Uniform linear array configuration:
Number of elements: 32
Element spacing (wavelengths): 0.5
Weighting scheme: hamming
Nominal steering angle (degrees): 30
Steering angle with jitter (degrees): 31.301
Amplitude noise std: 0.05
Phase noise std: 0.05

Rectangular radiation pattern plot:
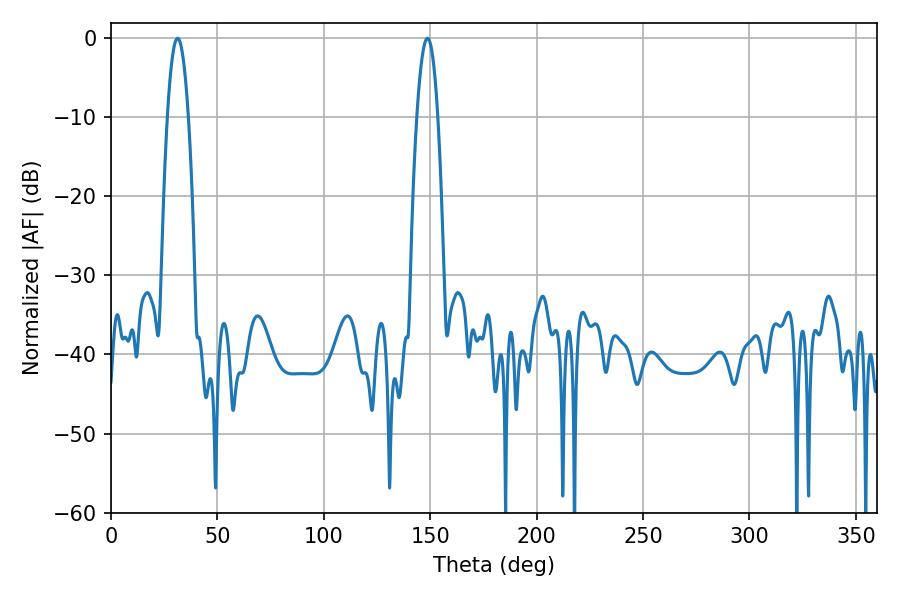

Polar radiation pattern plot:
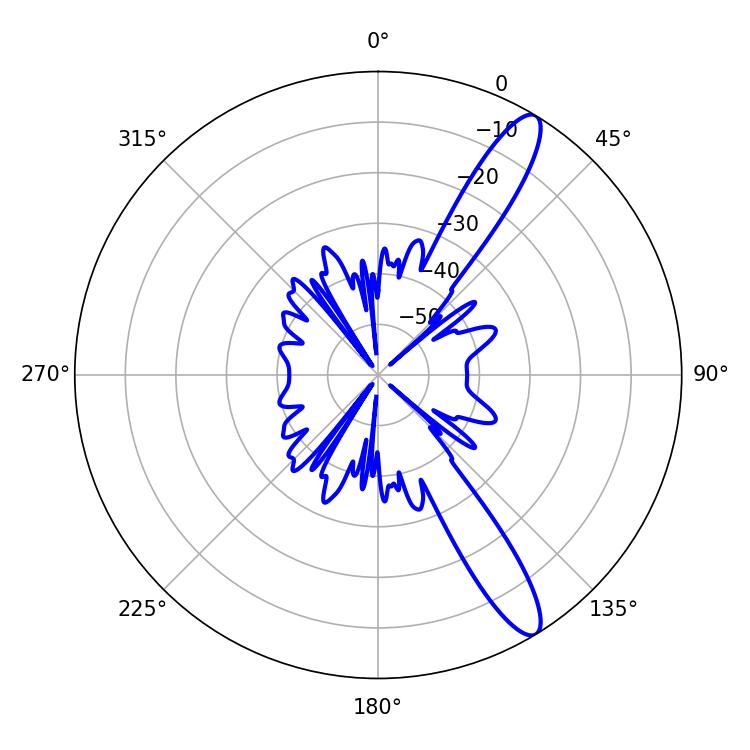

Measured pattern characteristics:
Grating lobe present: FALSE
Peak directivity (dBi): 12.738
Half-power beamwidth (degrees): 5.4
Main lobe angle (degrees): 148.68